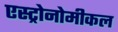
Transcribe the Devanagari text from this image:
एस्ट्रोनोमीकल